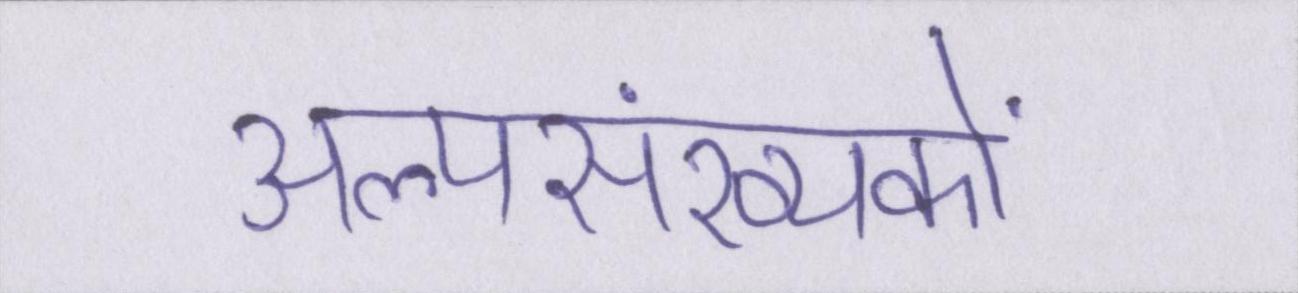
अल्पसंख्यकों